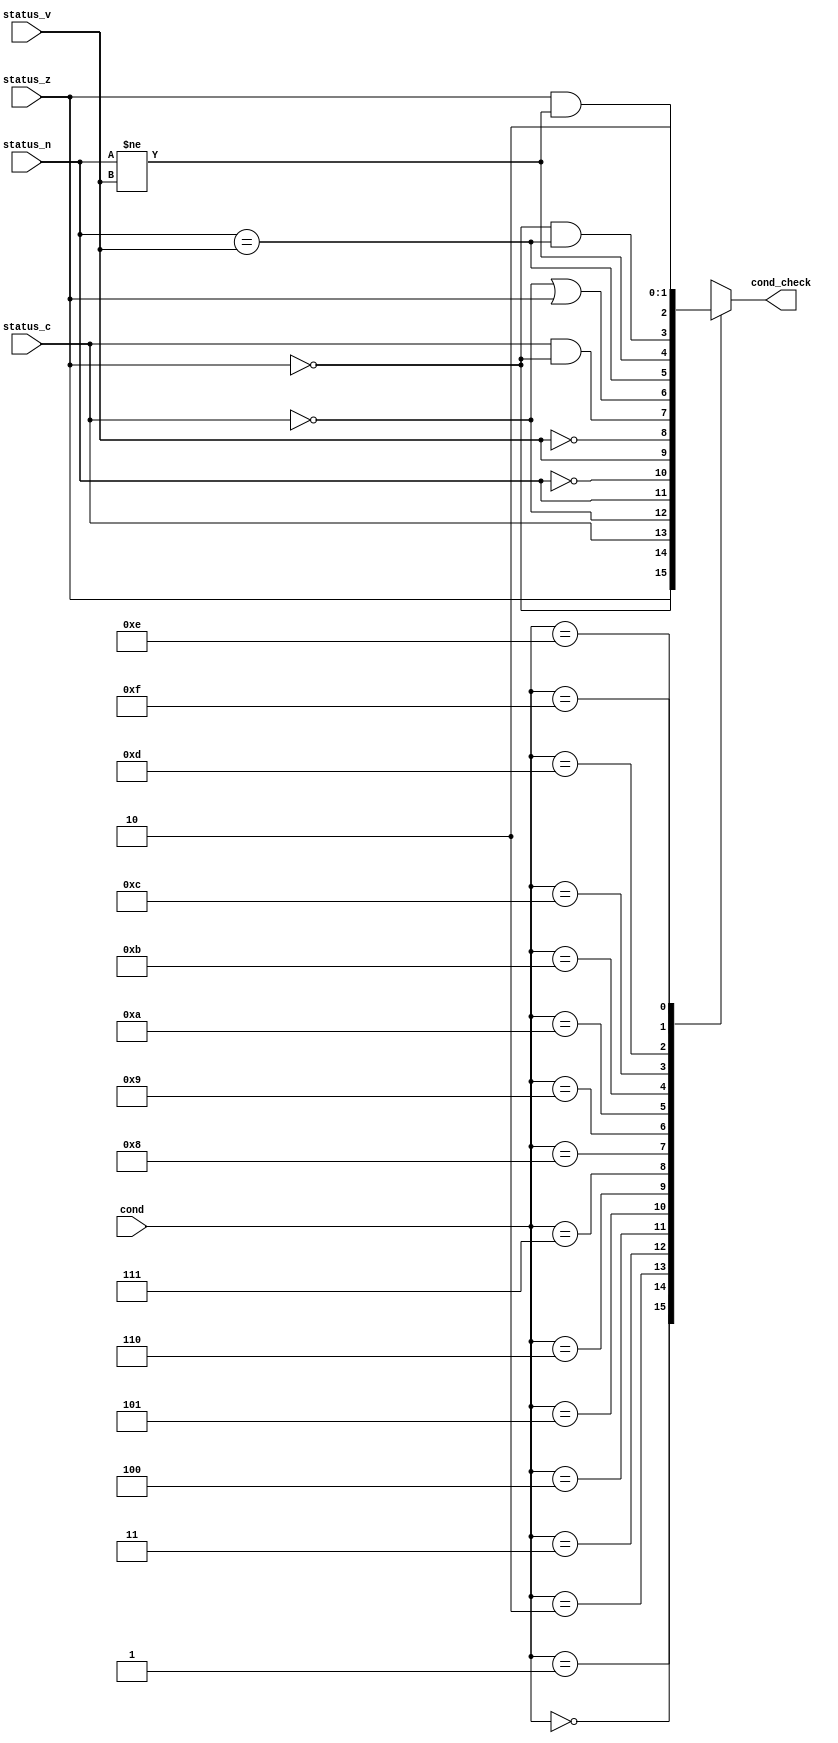
module Condition_Check (
    cond,
    status_z,
    status_c,
    status_n,
    status_v,
    cond_check
);

    input [3:0] cond;
    input status_z, status_c, status_n, status_v;
    output reg cond_check;

    always @(cond, status_z, status_c, status_n, status_v) begin
        cond_check = 1'b0;
        case(cond)
            4'b0000: cond_check = (status_z == 1'b1);
            4'b0001: cond_check = (status_z == 1'b0);
            4'b0010: cond_check = (status_c == 1'b1);
            4'b0011: cond_check = (status_c == 1'b0);
            4'b0100: cond_check = (status_n == 1'b1);
            4'b0101: cond_check = (status_n == 1'b0);
            4'b0110: cond_check = (status_v == 1'b1);
            4'b0111: cond_check = (status_v == 1'b0);
            4'b1000: cond_check = ((status_c == 1'b1) & (status_z == 1'b0));
            4'b1001: cond_check = ((status_c == 1'b0) | (status_z == 1'b1));
            4'b1010: cond_check = (status_n == status_v);
            4'b1011: cond_check = (status_n != status_v);
            4'b1100: cond_check = ((status_z == 1'b0) & (status_n == status_v));
            4'b1101: cond_check = ((status_z == 1'b1) & (status_n != status_v));
            4'b1110: cond_check = 1'b1;
            4'b1111: cond_check = 1'b0;
        endcase
    end


endmodule